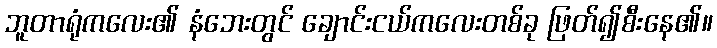
ဘူတာရုံကလေး၏ နံဘေးတွင် ချောင်းငယ်ကလေးတစ်ခု ဖြတ်၍စီးနေ၏။